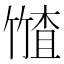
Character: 𮅤